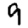
Digit: 9